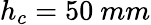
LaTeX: h_{c}=50~mm